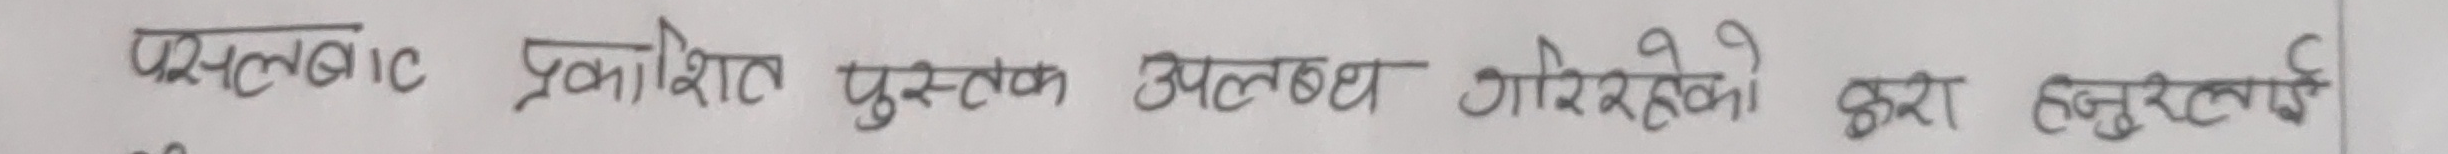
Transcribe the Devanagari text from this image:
परलबाट प्रकाशित पुस्तक उपलब्ध गराइदिएको कुरा हजुरलाई ।